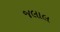
જલાલ